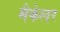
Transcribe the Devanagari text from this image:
मैकेलर